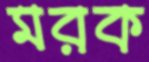
মরক